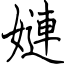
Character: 㜕